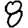
Digit: 8